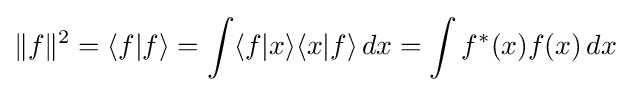
\|f\|^{2}=\langle f|f\rangle =\int \langle f|x\rangle \langle x|f\rangle \,dx=\int f^{*}(x)f(x)\,dx